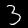
Label: 3